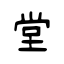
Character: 堂